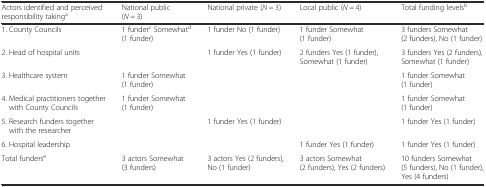
<table><thead><tr><td><b>Actors identified and perceived responsibility taking<sup>a</sup></b></td><td><b>National public (<i>N</i> = 3)</b></td><td><b>National private (<i>N</i> = 3)</b></td><td><b>Local public (<i>N</i> = 4)</b></td><td><b>Total funding levels<sup>b</sup></b></td></tr></thead><tbody><tr><td>1. County Councils</td><td>1 funder<sup>c</sup>Somewhat<sup>d</sup> (1 funder)</td><td>1 funderNo (1 funder)</td><td>1 funderSomewhat (1 funder)</td><td>3 fundersSomewhat (2 funders), No (1 funder)</td></tr><tr><td>2. Head of hospital units</td><td></td><td>1 funderYes (1 funder)</td><td>2 fundersYes (1 funder), Somewhat (1 funder)</td><td>3 fundersYes (2 funders), Somewhat (1 funder)</td></tr><tr><td>3. Healthcare system</td><td>1 funderSomewhat (1 funder)</td><td></td><td></td><td>1 funderSomewhat (1 funder)</td></tr><tr><td>4. Medical practitioners together with County Councils</td><td>1 funderSomewhat (1 funder)</td><td></td><td></td><td>1 funderSomewhat (1 funder)</td></tr><tr><td>5. Research funders together with the researcher</td><td></td><td>1 funderYes (1 funder)</td><td></td><td>1 funderYes (1 funder)</td></tr><tr><td>6. Hospital leadership</td><td></td><td></td><td>1 funderYes (1 funder)</td><td>1 funderYes (1 funder)</td></tr><tr><td>Total funders<sup>e</sup></td><td>3 actorsSomewhat (3 funders)</td><td>3 actorsYes (2 funders), No (1 funder)</td><td>3 actorsSomewhat (2 funders), Yes (2 funders)</td><td>10 fundersSomewhat (5 funders), No (1 funder), Yes (4 funders)</td></tr></tbody></table>